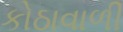
કોઠાવાળી